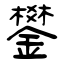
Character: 鐢